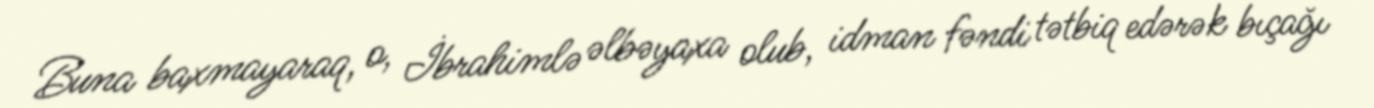
Buna baxmayaraq, o, İbrahimlə əlbəyaxa olub, idman fəndi tətbiq edərək bıçağı